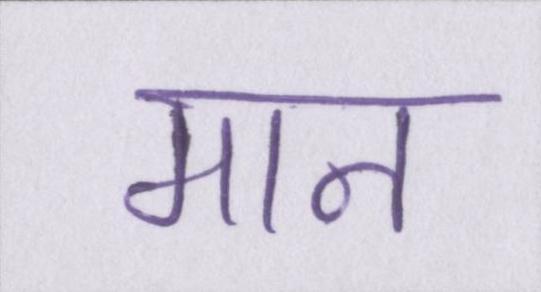
मान